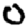
Digit: 0